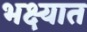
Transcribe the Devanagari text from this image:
भक्ष्यात